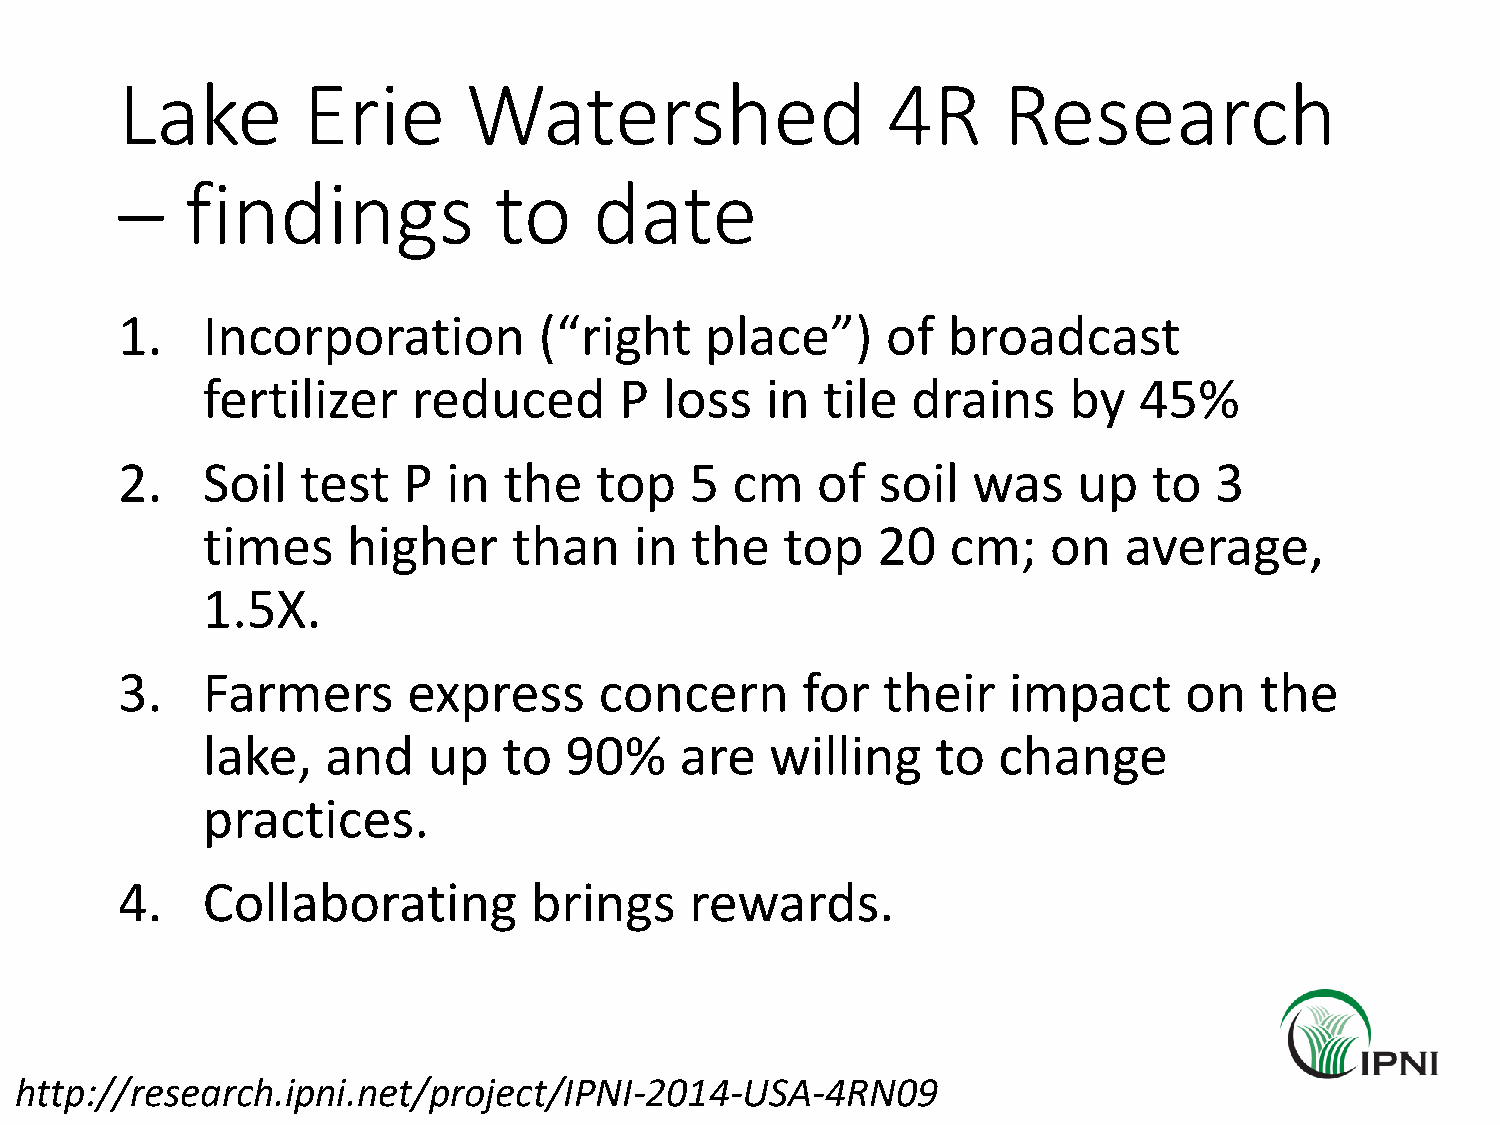
Lake        Erie       Watershed                   4R     Research
 –   findings             to    date
 1.   Incorporation          (“right    place”)     of  broadcast
 fertilizer    reduced       P  loss   in tile  drains     by  45%
 2.   Soil   test   P  in the   top    5 cm    of  soil  was    up   to  3
 times     higher     than    in  the   top   20   cm;    on  average,
 1.5X.
 3.   Farmers       express      concern      for  their    impact     on   the
 lake,    and   up   to  90%     are   willing    to  change
 practices.
 4.   Collaborating         brings     rewards.
 http://research.ipni.net/project/IPNI-2014-USA-4RN09